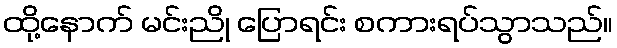
ထို့နောက် မင်းညို ပြောရင်း စကားရပ်သွာသည်။